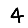
Digit: 4